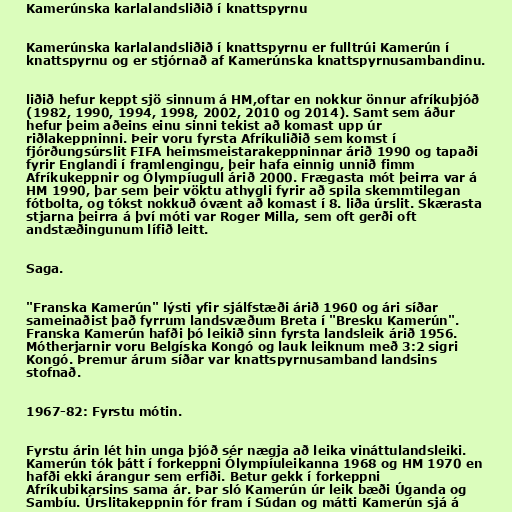
Kamerúnska karlalandsliðið í knattspyrnu

Kamerúnska karlalandsliðið í knattspyrnu er fulltrúi Kamerún í
knattspyrnu og er stjórnað af Kamerúnska knattspyrnusambandinu.

liðið hefur keppt sjö sinnum á HM,oftar en nokkur önnur afríkuþjóð
(1982, 1990, 1994, 1998, 2002, 2010 og 2014). Samt sem áður
hefur þeim aðeins einu sinni tekist að komast upp úr
riðlakeppninni. Þeir voru fyrsta Afríkuliðið sem komst í
fjórðungsúrslit FIFA heimsmeistarakeppninnar árið 1990 og tapaði
fyrir Englandi í framlengingu, þeir hafa einnig unnið fimm
Afríkukeppnir og Ólympíugull árið 2000. Frægasta mót þeirra var á
HM 1990, þar sem þeir vöktu athygli fyrir að spila skemmtilegan
fótbolta, og tókst nokkuð óvænt að komast í 8. liða úrslit. Skærasta
stjarna þeirra á því móti var Roger Milla, sem oft gerði oft
andstæðingunum lífið leitt.

Saga.

"Franska Kamerún" lýsti yfir sjálfstæði árið 1960 og ári síðar
sameinaðist það fyrrum landsvæðum Breta í "Bresku Kamerún".
Franska Kamerún hafði þó leikið sinn fyrsta landsleik árið 1956.
Mótherjarnir voru Belgíska Kongó og lauk leiknum með 3:2 sigri
Kongó. Þremur árum síðar var knattspyrnusamband landsins
stofnað.

1967-82: Fyrstu mótin.

Fyrstu árin lét hin unga þjóð sér nægja að leika vináttulandsleiki.
Kamerún tók þátt í forkeppni Ólympíuleikanna 1968 og HM 1970 en
hafði ekki árangur sem erfiði. Betur gekk í forkeppni
Afríkubikarsins sama ár. Þar sló Kamerún úr leik bæði Úganda og
Sambíu. Úrslitakeppnin fór fram í Súdan og mátti Kamerún sjá á